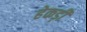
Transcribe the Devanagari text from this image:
हेकड़ी